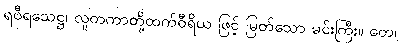
ရဝီရသေဋ္ဌ၊ လူတကာတို့ထက်ဝီရိယ ဖြင့် မြတ်သော မင်းကြီး။ တေ၊